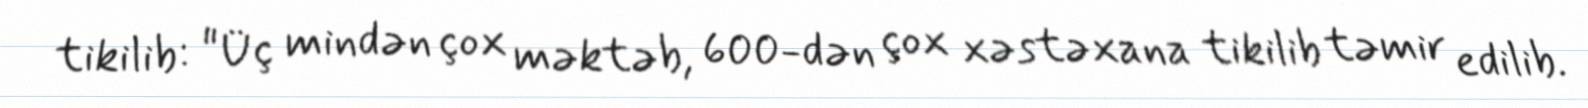
tikilib: "Üç mindən çox məktəb, 600-dən çox xəstəxana tikilib təmir edilib.